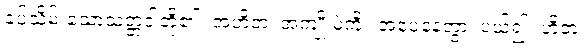
ခပ်သိမ်းသောသတ္တဝါတို့၏။ အဟိတံ၊ အကျိုးမဲ့ကို။ အပေနေတွာ၊ ပယ်၍။ ဟိတံ၊